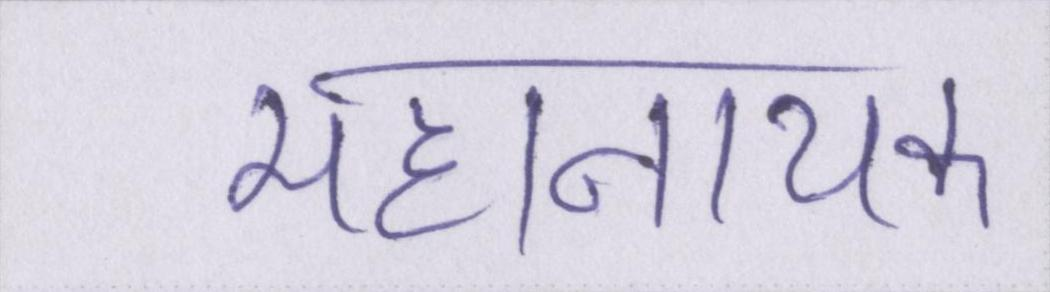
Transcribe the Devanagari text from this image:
महानायक